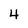
Character: 4